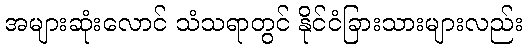
အများဆုံးလောင် သံသရာတွင် နိုင်ငံခြားသားများလည်း